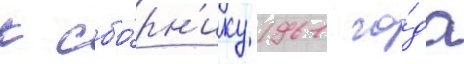
к сбо́рн'ику 1961 го́да